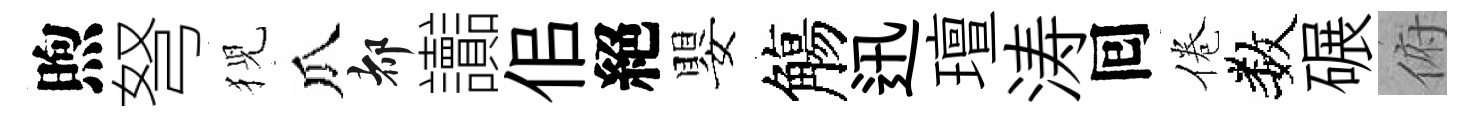
煦弩猊瓜都讟佀絕嬰觴迅璮涛囘倦数碾俯